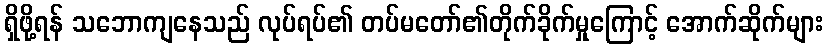
ရှိဖို့ရန် သဘောကျနေသည် လုပ်ရပ်၏ တပ်မတော်၏တိုက်ခိုက်မှုကြောင့် အောက်ဆိုက်များ